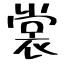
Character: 裳